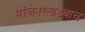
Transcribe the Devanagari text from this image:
मोंचेनग्लाडबाच